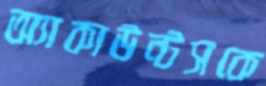
অ্যাকাউন্টসকে